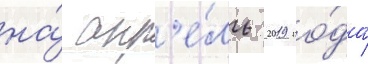
на́ апр'е́ль 2019 го́да